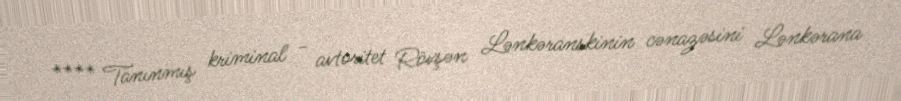
**** Tanınmış kriminal - avtoritet Rövşən Lənkəranskinin cənazəsini Lənkərana